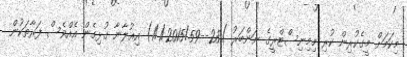
މިކަމަށް މީގެކުރިން ކުރި މިމިނިސްޓްރީގެ ނަންބަރު )28--1/1/2015/59) އިޢުލާނާ ގުޅިގެން އެއްވެސް ފަރާތަކުން